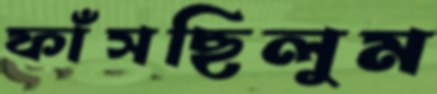
ফাঁসছিলুম